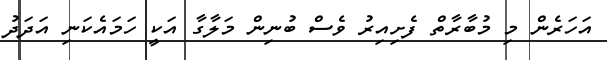
އަހަރެން މި މުބާރާތް ފެށިއިރު ވެސް ބުނިން މަލާގާ އަކީ ހަމައެކަނި އަދަދު